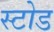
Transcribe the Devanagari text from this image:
स्टोड